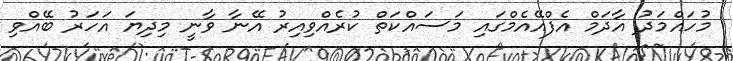
މުހައްމަދު އާދަމް އެފްއޭއެމްގައި މަސައްކަތް ކުރެއްވިއިރު އޭނާ ވާނީ މިދިޔަ އަހަރު ބޭއްވި